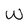
Character: w